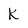
Character: K